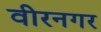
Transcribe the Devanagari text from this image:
वीरनगर